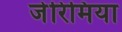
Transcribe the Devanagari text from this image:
जेरिमिया